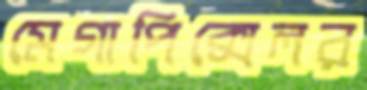
মেগাপিক্সেলর